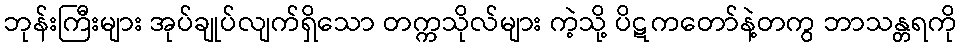
ဘုန်းကြီးများ အုပ်ချုပ်လျက်ရှိသော တက္ကသိုလ်များ ကဲ့သို့ ပိဋကတော်နဲ့တကွ ဘာသန္တရကို